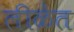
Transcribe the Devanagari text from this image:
लीळेत